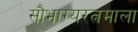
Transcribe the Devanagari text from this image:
सौभाग्यरत्नमाला